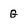
Character: G